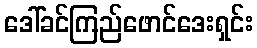
ဒေါ်ခင်ကြည်ဖောင်ဒေးရှင်း